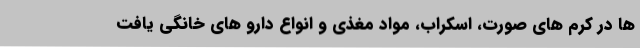
ها در کرم های صورت، اسکراب، مواد مغذی و انواع دارو های خانگی یافت